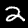
Label: 2